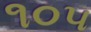
૧૦૫